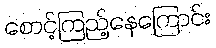
စောင့်ကြည့်နေကြောင်း